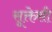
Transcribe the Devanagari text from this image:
सूक्तेसी